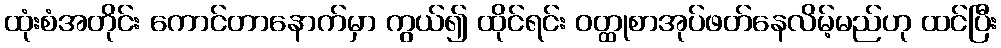
ထုံးစံအတိုင်း ကောင်တာနောက်မှာ ကွယ်၍ ထိုင်ရင်း ဝတ္ထုစာအုပ်ဖတ်နေလိမ့်မည်ဟု ထင်ပြီး